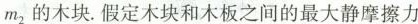
m_{2}的木块.假定木块和木板之间的最大静摩擦力